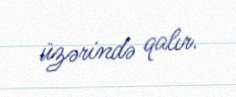
üzərində qalır.